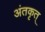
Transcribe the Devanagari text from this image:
अंतकृत्